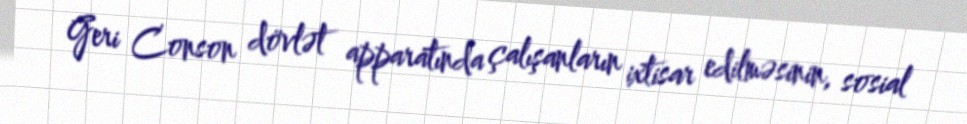
Geri Conson dövlət apparatında çalışanların ixtisar edilməsinin, sosial